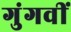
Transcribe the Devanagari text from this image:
गुंगवीं